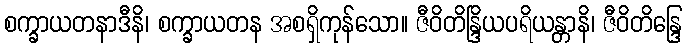
စက္ခာယတနာဒီနိ၊ စက္ခာယတန အစရှိကုန်သော။ ဇီဝိတိန္ဒြိယပရိယန္တာနိ၊ ဇီဝိတိန္ဒြေ